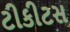
ટીકીટસ